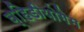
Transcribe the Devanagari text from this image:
व्हिडीयोगेम